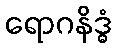
ရောဂနိဒ္ဓံ